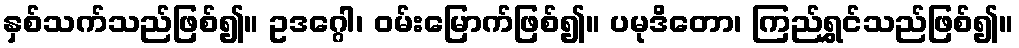
နှစ်သက်သည်ဖြစ်၍။ ဥဒဂ္ဂေါ၊ ဝမ်းမြောက်ဖြစ်၍။ ပမုဒိတော၊ ကြည်ရွှင်သည်ဖြစ်၍။